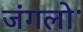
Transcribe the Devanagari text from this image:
जंगलोॱ